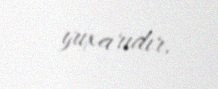
yuxarıdır.